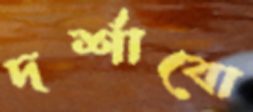
দর্শাবো